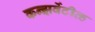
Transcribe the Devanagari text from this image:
कन्झर्वेटीव्ह